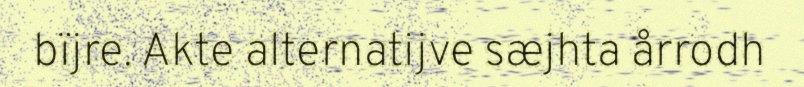
bïjre. Akte alternatijve sæjhta årrodh